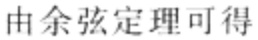
由余弦定理可得